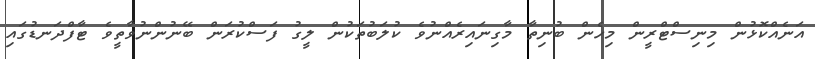
އަނެއްކޮޅުން މިނިސްޓްރީން މިހެން ބުނިތާ މާގިނައިރެއްނުވެ ކުލަބުތަކުން ލީގު ފަސްކުރަން ބޭނުންނުވާތީވެ ޓާފްދަނޑުގައި